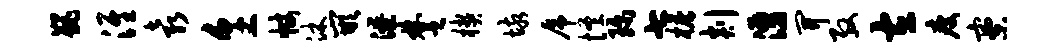
巍淮袁烹帐沐嵌潦楚楔垓虎怪珍七檐剡涌开殷左瘦寮